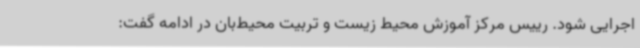
اجرایی شود. رییس مرکز آموزش محیط زیست و تربیت محیط‌بان در ادامه گفت: